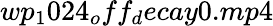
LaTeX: wp_{1}024_{o}ff_{d}ecay0.mp4